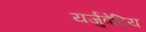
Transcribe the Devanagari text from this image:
यर्जुवेदिय